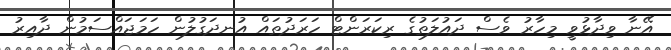
އޭނާ ވިދާޅުވީ މިހާރު ވެސް ދައުލަތުގެ ރިކަރަންޓް ހަރަދުތައް އުނދަގުލުން ހަމަޖައްސަމުން ދާއިރު